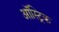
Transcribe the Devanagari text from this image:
ऑस्ट्रिक